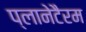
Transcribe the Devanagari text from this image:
प्लानेटैरम